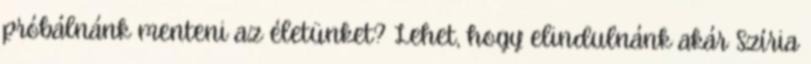
próbálnánk menteni az életünket? Lehet, hogy elindulnánk akár Szíria